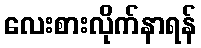
လေးစားလိုက်နာရန်